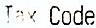
TAX CODE